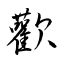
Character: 歡